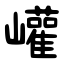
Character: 巏